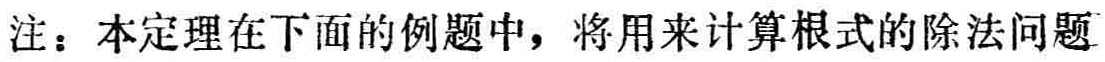
注：本定理在下面的例题中，将用来计算根式的除法问题